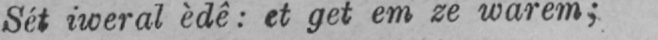
Sét iweral èdê: et get em ze warem;